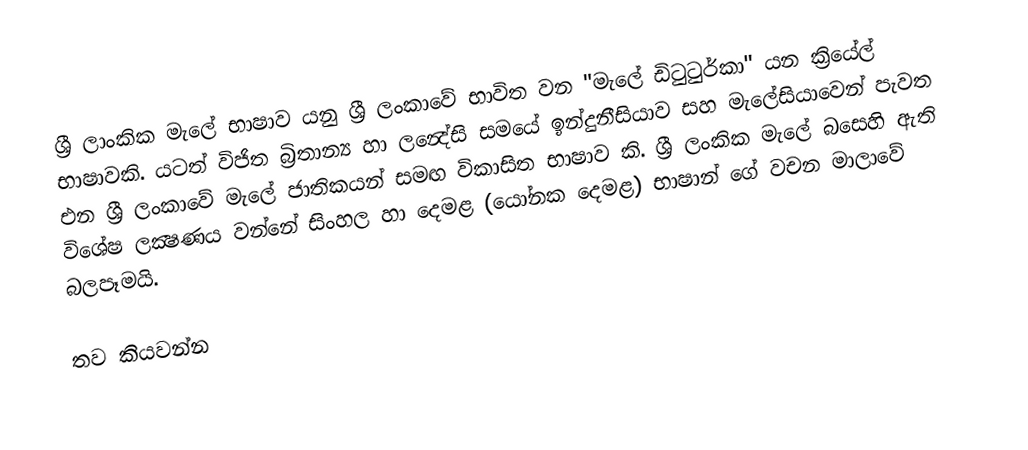
ශ්‍රී ලාංකික මැලේ භාෂාව  යනු ශ්‍රී ලංකාවේ භාවිත වන "මැලේ ඩිටුටුර්කා" යන ක්‍රියේල් භාෂාවකි. යටත් විජිත බ්‍රිතාන්‍ය හා ලන්‍ද‌ේසි සමයේ ඉන්දුනීසියාව සහ මැලේසියාවෙන් පැවත එන ශ්‍රී ලංකාවේ මැලේ ජාතිකයන් සමඟ විකාසිත භාෂාව කි. ශ්‍රී ලංකික මැල‌ේ බසෙහි ඇති විශේෂ ලක්‍ෂණය වන්නේ සිංහල හා දෙමළ (ය‌ෝනක දෙමළ) භාෂාන් ගේ වචන මාලාවේ බලපෑමයි.

තව කියවන්න